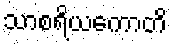
သာစရိယကောတိ